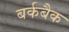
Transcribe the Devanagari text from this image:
बर्कबैक